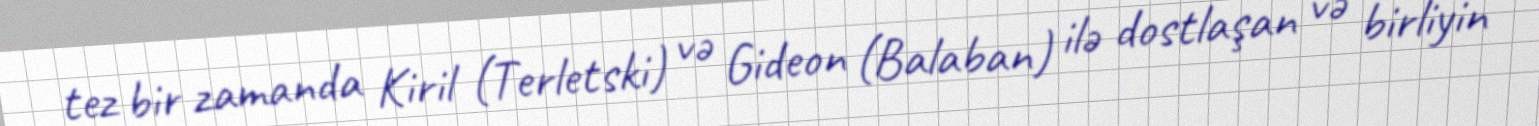
tez bir zamanda Kiril (Terletski) və Gideon (Balaban) ilə dostlaşan və birliyin